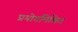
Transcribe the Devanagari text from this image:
प्रयोगमिश्रित